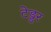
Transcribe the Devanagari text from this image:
टेड्डर